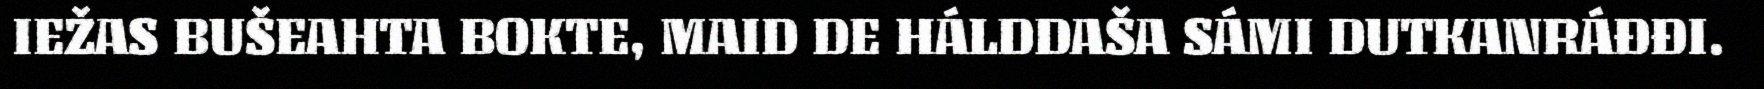
IEŽAS BUŠEAHTA BOKTE, MAID DE HÁLDDAŠA SÁMI DUTKANRÁĐĐI.